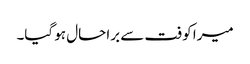
میرا کوفت سے برا حال ہو گیا۔